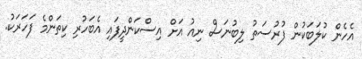
އެހެން ކުލަބަކުން ފުރުސަތު ލިބުނަސް ނިއު އަށް އިސްކަންދީފައި އެބަހުރި ކިތަންމެ ފަހަރަކު.